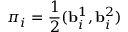
\boldsymbol { \pi } _ { i } = \frac { 1 } { 2 } ( \mathbf { b } _ { i } ^ { 1 } , \mathbf { b } _ { i } ^ { 2 } )